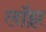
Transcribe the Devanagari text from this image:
लॉझ